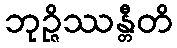
ဘုဉ္ဇိဿန္တီတိ